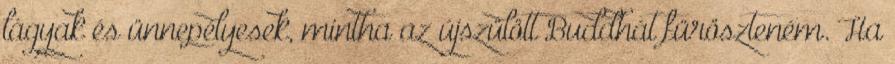
lágyak és ünnepélyesek, mintha az újszülött Buddhát füröszteném. Ha